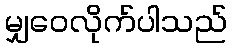
မျှဝေလိုက်ပါသည်